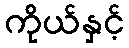
ကိုယ်နှင့်